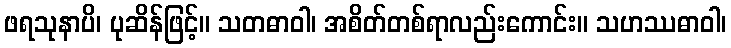
ဖရသုနာပိ၊ ပုဆိန်ဖြင့်။ သတဓာဝါ၊ အစိတ်တစ်ရာလည်းကောင်း။ သဟဿဓာဝါ၊